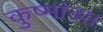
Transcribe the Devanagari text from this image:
कुष्मांडा।